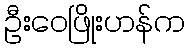
ဦးဝေဖြိုးဟန်က